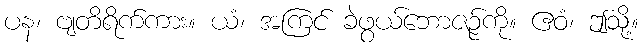
ပန၊ ဗျတိရိက်ကား။ ယံ၊ အကြင် ခဲဖွယ်ဘောဇဉ်ကို။ ဧဝံ၊ ဤသို့။